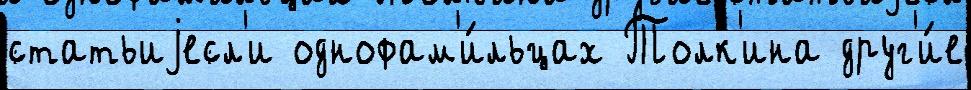
статьиjесл'и однофам'и́льцах Толк'ина друг'и́е